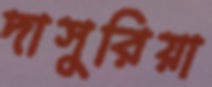
দাসুরিয়া